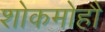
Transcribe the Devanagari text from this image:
शोकमोहौ